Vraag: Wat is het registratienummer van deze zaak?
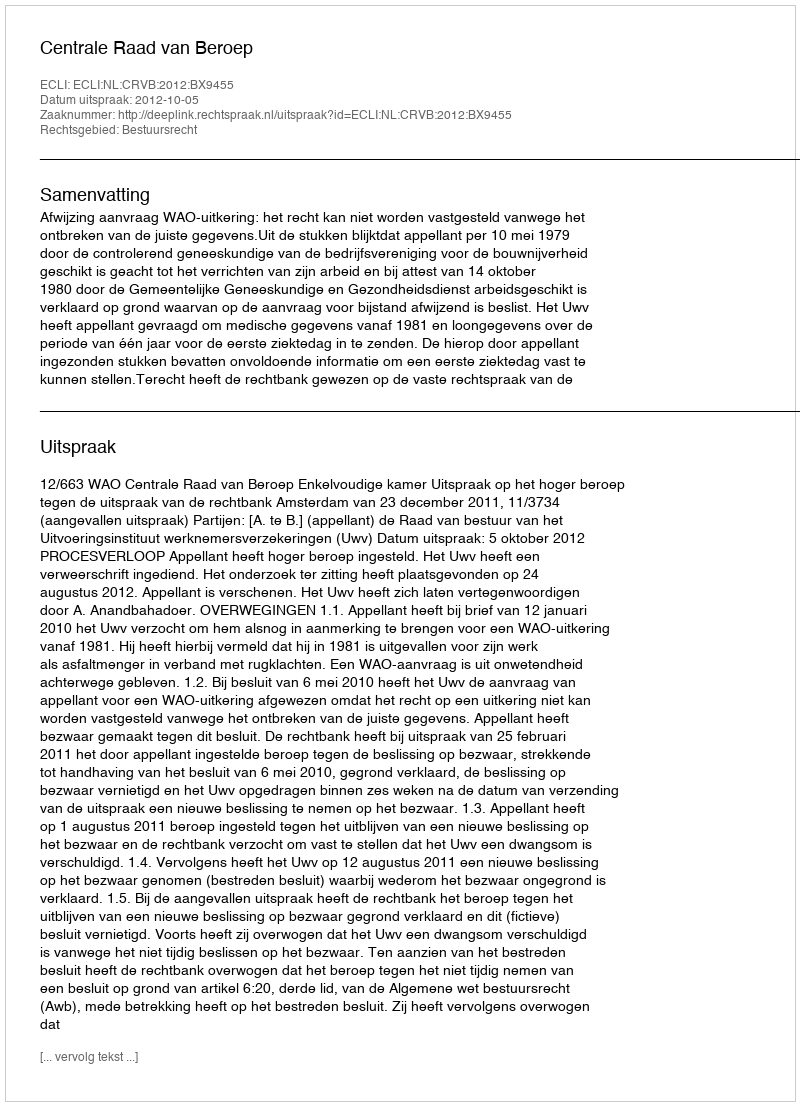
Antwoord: http://deeplink.rechtspraak.nl/uitspraak?id=ECLI:NL:CRVB:2012:BX9455